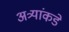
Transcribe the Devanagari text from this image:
अत्र्यांकडे